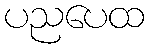
ပညပေထ